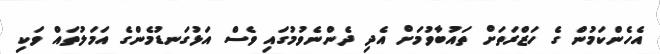
އެހެންކަމުން ގެ ހަޒްރަތަށް ތައުބާވުމަށް އެދި ދެންނެވުމުގައި ވެސް އަޅުގަނޑުމެންގެ އަމަލުތައް ވަކި